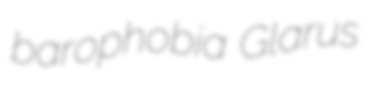
barophobia Glarus